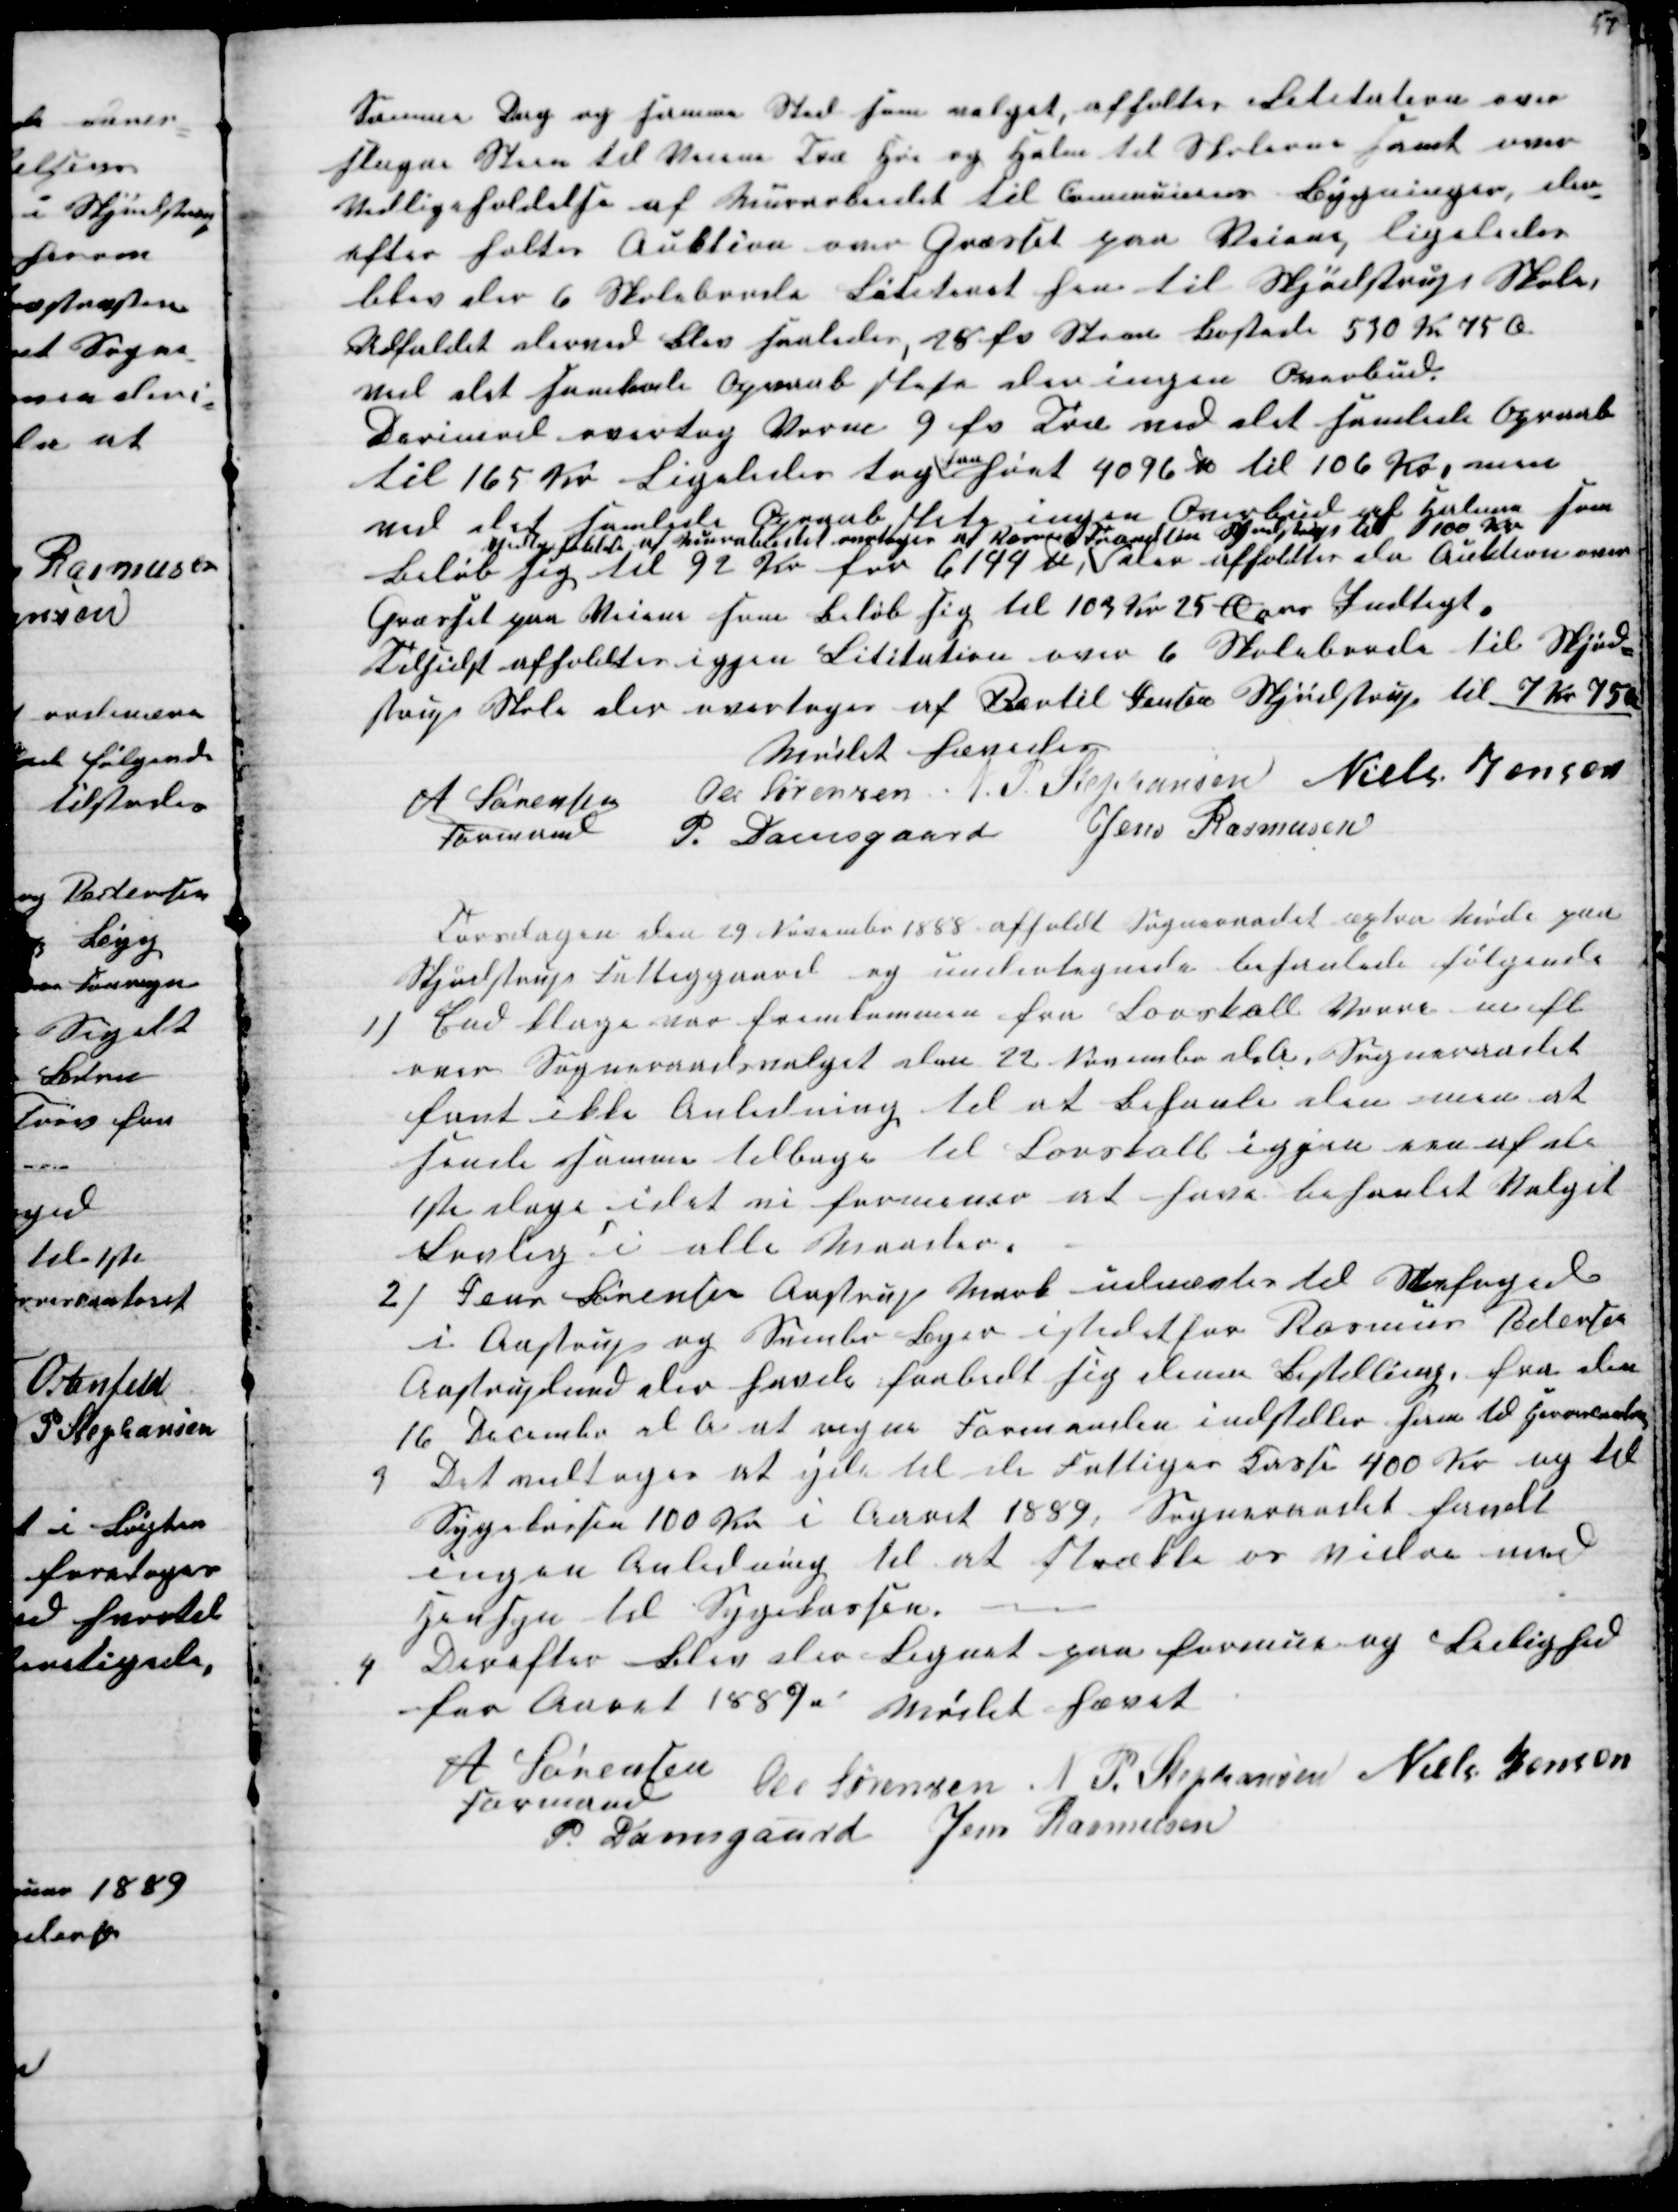
Transskription:
Samme Dag og samme Sted som valget, afholtes Lititation over
slagne Steen til Veiene Træ Hø og Halm til Skolerne samt over
Vedligeholdelse af Murarbeidet til Communens Bygninger, der-
efter holtes Auktion over Græsset paa Veiene, ligeledes
blev der 6 Skoleborde Lititeret hen til Skjødstrup Skole,
Udfaldet derved blev saaledes, 28 fv Steen kostede 530 Kr 75 Ø
ved det samlede Opraab skete der ingen Overbud.
Derimod overtog Vorm 9 fv Træ ved det samlede Opraab
til 165 Kr. Ligeledes tog
han
høet 4096 ℔ til 106 Kr, men
ved det samlede Opraab, skete ingen Overbud af Halmen som
beløb sig til 92 Kr for 6144 ℔, 
 af Murerarbeidet overtoges af Rasmus Frandsen Skjødstrup til 100 kr
der afholdtes da Auktion over
Græsset paa Veiene som Beløb sig til 103 Kr 25 Øres Indtægt.
Tilsidst afholdtes igjen Lititation over 6 Skoleborde til Skjød-
strup Skole der overtoges af Bertil Jensen Skjødstrup til 7 Kr 75 Ør
Mødet hævedes
A Sørensen
Formand
Ole Sørensen N P Stephansen Niels Jensen
P. Damsgaard Jens Rasmusen
Torsdagen den 29 November 1888 afholdt Sogneraadet æxtra Møde paa
Skjødstrup Fattiggaard og undertegnede behanlede følgende
1)
End klage var fremkommen fra Løvskall Vorre m.fl.
over Sogneraadsvalget den 22 November d.A. Sogneraadet
fant ikke Anledning til at behanle den men at
sende samme tilbage til Løvskall igjen een af de
1ste dage idet vi formener at have behanlet Valget
Lovlig i alle Maader.
2) Jens Sørensen Aastrup Mark udnævtes til Snefoged
i Aastrup og Svinbo Byer istedetfor Rasmus Pedersen
Aastruplund der havde frabedt sig den Bestilling, fra den
16 December d A at regne Formanden indstiller ham til Herrescontoret
3
Det vedtoges at yde til de Fattiges Kasse 400 Kr og til
Sygekassen 100 Kr i Aaret 1889, Sogneraadet fandt
ingen Anledning til at Strække os vidre med
Hensyn til Sygekassen.
4
Derefter blev der Lignet paa formue og Leilighed
for Aaret 1889  Mødet hævet
A Sørensen
Formand 
 Ole Sørensen N P. Stephansen Niels Jensen
P. Damsgaard Jens Rasmusen